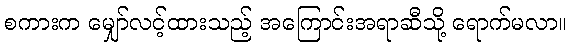
စကားက မျှော်လင့်ထားသည့် အကြောင်းအရာဆီသို့ ရောက်မလာ။